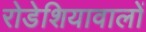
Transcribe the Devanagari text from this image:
रोडेशियावालों